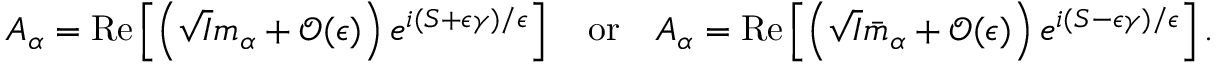
A _ { \alpha } = \mathrm { R e } \left[ \left( \sqrt { I } m _ { \alpha } + \mathcal { O } ( \epsilon ) \right) e ^ { i ( S + \epsilon \gamma ) / \epsilon } \right] \quad \mathrm { o r } \quad A _ { \alpha } = \mathrm { R e } \left[ \left( \sqrt { I } \bar { m } _ { \alpha } + \mathcal { O } ( \epsilon ) \right) e ^ { i ( S - \epsilon \gamma ) / \epsilon } \right] .